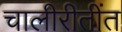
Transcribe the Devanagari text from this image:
चालीरीतींत